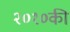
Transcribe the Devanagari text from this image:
२०१०की